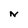
Character: N